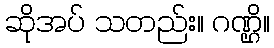
ဆိုအပ် သတည်း။ ဂဏ္ဌိ။